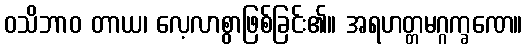
ဝသိဘာဝ တာယ၊ လေ့လာစွာဖြစ်ခြင်း၏။ အရဟတ္တမဂ္ဂက္ခဏေ။